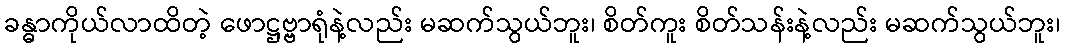
ခန္ဓာကိုယ်လာထိတဲ့ ဖောဋ္ဌဗ္ဗာရုံနဲ့လည်း မဆက်သွယ်ဘူး၊ စိတ်ကူး စိတ်သန်းနဲ့လည်း မဆက်သွယ်ဘူး၊